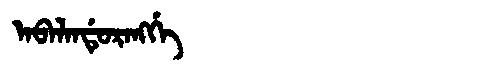
Manchu: ᠠᠪᠠᠯᠠᠨᡩᡠᡵᠠᠩᡤᡝ
Romanization: ABALANDURANGGE